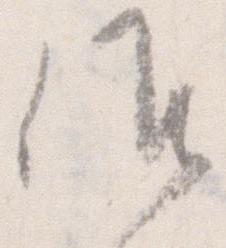
候